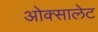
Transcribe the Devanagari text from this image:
ओक्सालेट